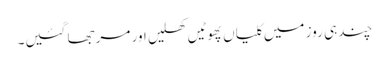
چند ہی روز میں کلیاں پھوٹیں کھلیں اور مرجھا گئیں۔